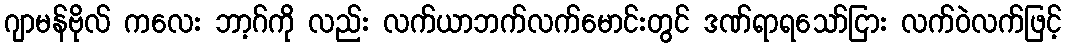
ဂျာမန်ဗိုလ် ကလေး ဘာ့ဂ်ကို လည်း လက်ယာဘက်လက်မောင်းတွင် ဒဏ်ရာရသော်ငြား လက်ဝဲလက်ဖြင့်